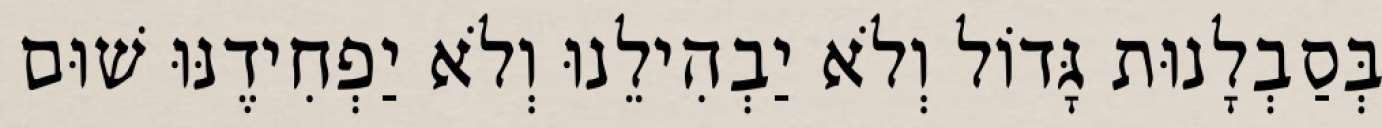
בְּסַבְלָנוּת גָּדוֹל וְלֹא יַבְהִילֵנוּ וְלֹא יַפְחִידֶנּוּ שׁוּם